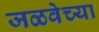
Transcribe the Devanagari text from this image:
जळवेच्या